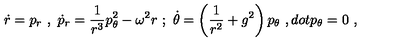
\dot { r } = p _ { r } \ , \ \dot { p } _ { r } = \frac { 1 } { r ^ { 3 } } p _ { \theta } ^ { 2 } - \omega ^ { 2 } r \ ; \ \dot { \theta } = \left( \frac { 1 } { r ^ { 2 } } + g ^ { 2 } \right) p _ { \theta } \ , d o t { p } _ { \theta } = 0 \ ,